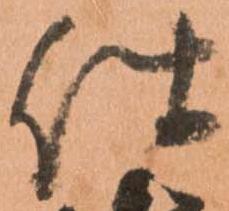
仕